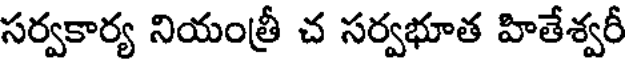
సర్వకార్య నియంత్రీ చ సర్వభూత హితేశ్వరీ